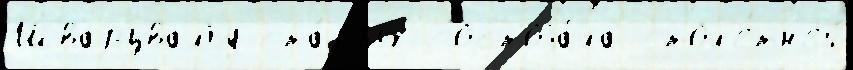
Шварцвальд ста́рых состоjа́ла стол'е́тн'ей